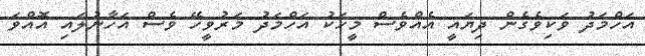
އަހްމަދު ވަކިވެގެން ދިޔައީ އެއްވެސް މީހަކު އަހްމަދު މަރުވީހޭ ވެސް އަހާނުލައި އޮއްވަ